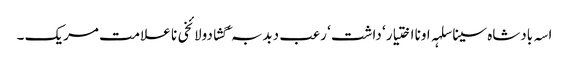
اسہ بادشاہ سینا سلہہ اونا اختیار ‘ داشت ‘ رعب دبدبہ ‘ گشادولائخی نا علامت مریک ۔